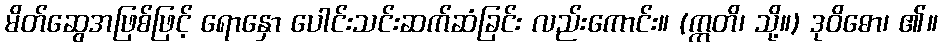
မိတ်ဆွေအဖြစ်ဖြင့် ရောနှော ပေါင်းသင်းဆက်ဆံခြင်း လည်းကောင်း။ (ဣတိ၊ သို့။) ဒုဝိဓော၊ ၏။